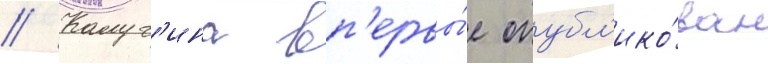
// Калуг'ина вп'ервы́е опубл'ико́ван